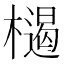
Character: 𣜶